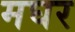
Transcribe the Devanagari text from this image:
मघर